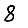
Digit: 8